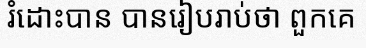
រំដោះបាន បានរៀបរាប់ថា ពួកគេ